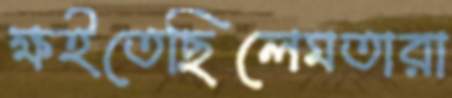
ক্ষইতেছিলেমতারা